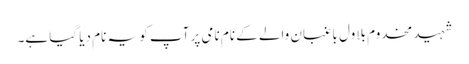
شہید مخدوم بلاول باغبان والے کے نامِ نامی پر آپ کو یہ نام دیا گیا ہے۔